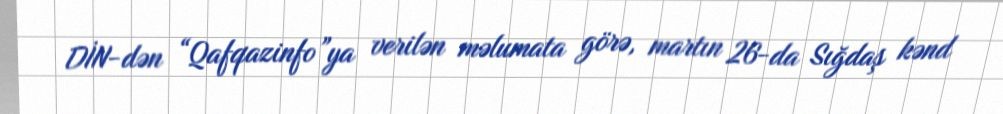
DİN-dən “Qafqazinfo”ya verilən məlumata görə, martın 26-da Sığdaş kənd